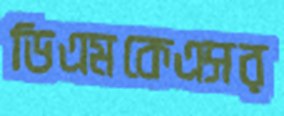
ডিএমকেএসর